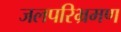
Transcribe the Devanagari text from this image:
जलपरिभ्रमण